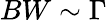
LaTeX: BW\sim\Gamma